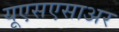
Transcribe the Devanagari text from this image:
यूएसएसाअर